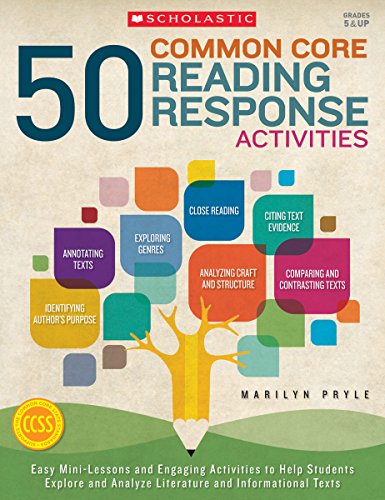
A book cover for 50 Common Core Reading Response Activities: Easy Mini-Lessons and Engaging Activities to Help Students Explore and Analyze Literature and Informational Texts; Marilyn Pryle; Education & Teaching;